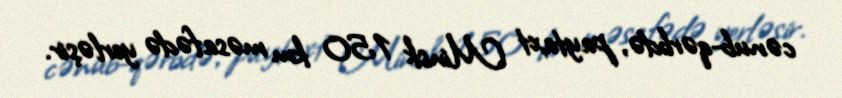
cənub-qərbdə, paytaxt Minsk 150 km məsafədə yerləşir.